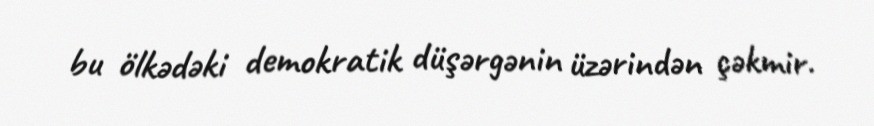
bu ölkədəki demokratik düşərgənin üzərindən çəkmir.